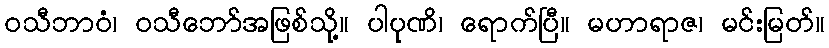
ဝသီဘာဝံ၊ ဝသီဘော်အဖြစ်သို့။ ပါပုဏိ၊ ရောက်ပြီ။ မဟာရာဇ၊ မင်းမြတ်။